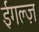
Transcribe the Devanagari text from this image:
ईगल्ज़